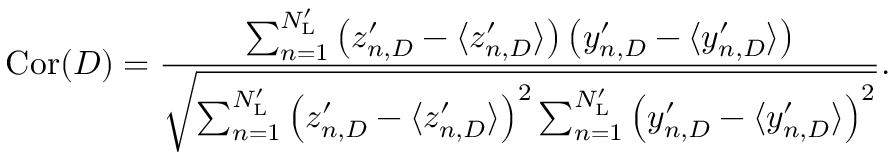
\mathrm { C o r } ( D ) = \frac { \sum _ { n = 1 } ^ { N _ { \mathrm { L } } ^ { \prime } } \left( z _ { n , D } ^ { \prime } - \langle z _ { n , D } ^ { \prime } \rangle \right) \left( y _ { n , D } ^ { \prime } - \langle y _ { n , D } ^ { \prime } \rangle \right) } { \sqrt { \sum _ { n = 1 } ^ { N _ { \mathrm { L } } ^ { \prime } } \left( z _ { n , D } ^ { \prime } - \langle z _ { n , D } ^ { \prime } \rangle \right) ^ { 2 } \sum _ { n = 1 } ^ { N _ { \mathrm { L } } ^ { \prime } } \left( y _ { n , D } ^ { \prime } - \langle y _ { n , D } ^ { \prime } \rangle \right) ^ { 2 } } } .